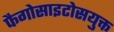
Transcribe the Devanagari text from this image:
फैगोसाइटोसयुक्त